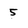
Character: 5